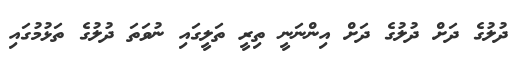
ދުލުގެ ދަށް ދުލުގެ ދަށް އިންނަނީ ތިރީ ތަލީގައި ނުވަތަ ދުލުގެ ތަޅުމުގައި